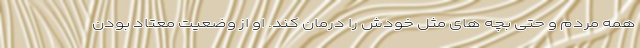
همه مردم و حتی بچه های مثل خودش را درمان کند. او از وضعیت معتاد بودن